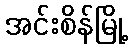
အင်းစိန်မြို့